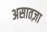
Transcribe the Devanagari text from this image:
असातज़ा